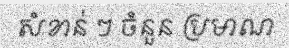
សំខាន់ ៗ ចំនួន ប្រមាណ